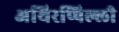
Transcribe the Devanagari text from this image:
अथिरप्पिल्ली